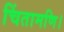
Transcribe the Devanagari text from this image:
चिंतामणि।